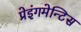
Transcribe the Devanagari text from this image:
प्रेइंगमेन्टिस